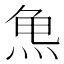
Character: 𱍆